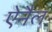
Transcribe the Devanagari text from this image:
ऐनैल